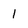
Character: 1